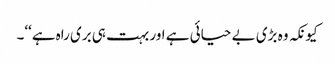
کیونکہ وہ بڑی بے حیائی ہے اور بہت ہی بری راہ ہے‘‘۔